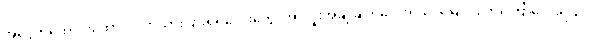
အငွေ့တထောင်းထောင်းဝက်သားပြားရဲရဲလေးတွေ၊ အာလူးအချိုချက်လေးရယ်၊ မြေပဲပြုတ်ကြော်လေးရယ်၊